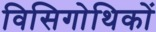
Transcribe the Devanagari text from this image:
विसिगोथिकों